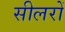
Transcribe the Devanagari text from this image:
सीलरों